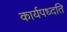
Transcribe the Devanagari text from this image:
कार्यपध्दति